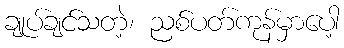
ချုပ်ချင်သတဲ့၊ ညစ်ပတ်ကုန်မှာပေါ့